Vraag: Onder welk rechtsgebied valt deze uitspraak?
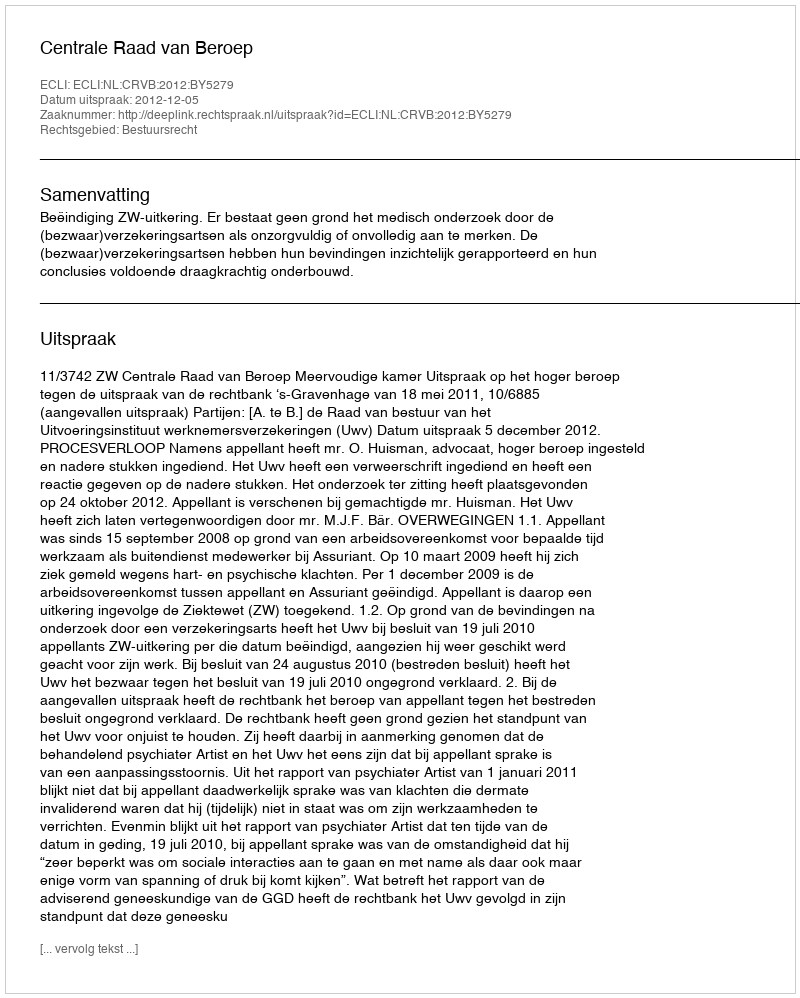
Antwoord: Bestuursrecht